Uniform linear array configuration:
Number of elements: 8
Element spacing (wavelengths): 0.25
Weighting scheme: hann
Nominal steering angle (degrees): -60
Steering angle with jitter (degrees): -60.902
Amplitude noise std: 0.05
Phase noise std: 0.05

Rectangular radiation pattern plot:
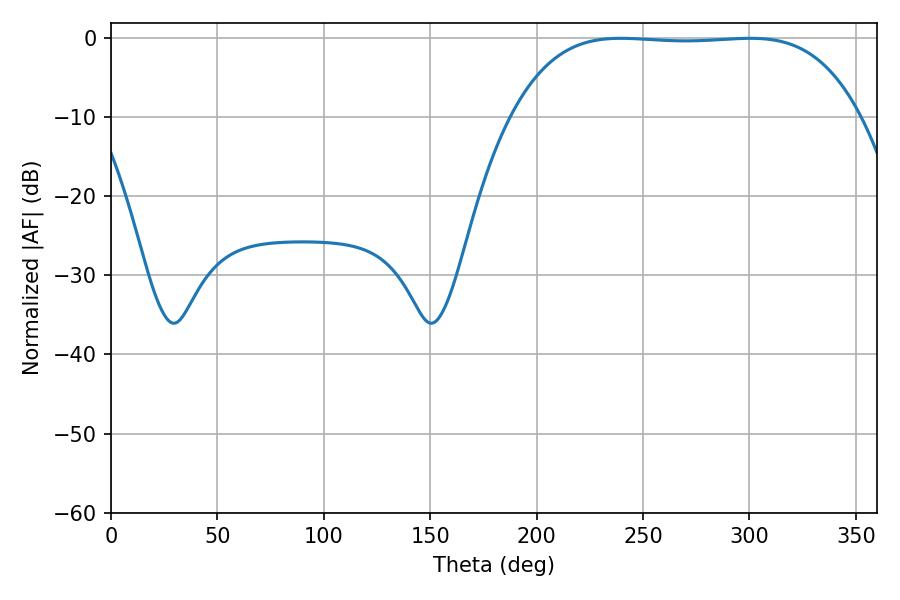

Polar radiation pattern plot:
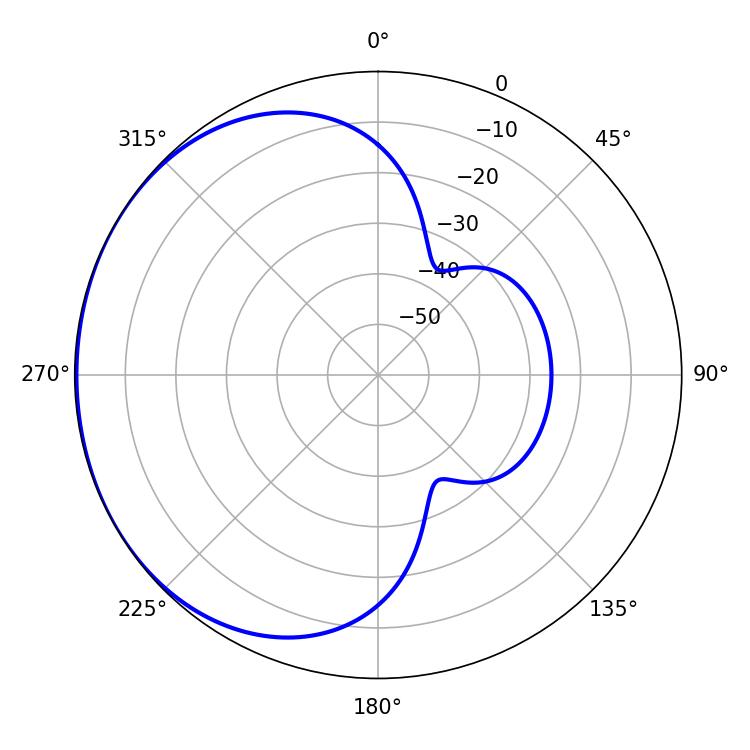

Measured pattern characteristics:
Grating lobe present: FALSE
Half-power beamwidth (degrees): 126.72
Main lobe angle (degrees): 239.58